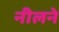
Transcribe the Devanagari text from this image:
नीलने